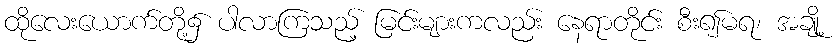
ထိုလေးယောက်တို့၌ ပါလာကြသည့် မြင်းများကလည်း နေရာတိုင်း စီး၍မရ၊ အချို့